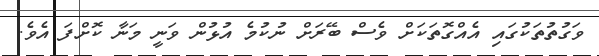
ވަގުތުތަކުގައި އެއްގޮތަކަށް ވެސް ބޭރަށް ނުކުމެ އުޅުން ވަނީ މަނާ ކޮށްފަ އެވެ.